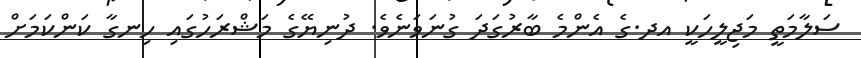
ސަލާމަތީ މަޖިލީހަކީ އދ.ގެ އެންމެ ބާރުގަދަ ގުނަވަނެވެ. ދުނިޔޭގެ މަޝްރަހުގައި ހިނގާ ކަންކަމަށް